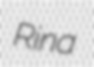
Rina